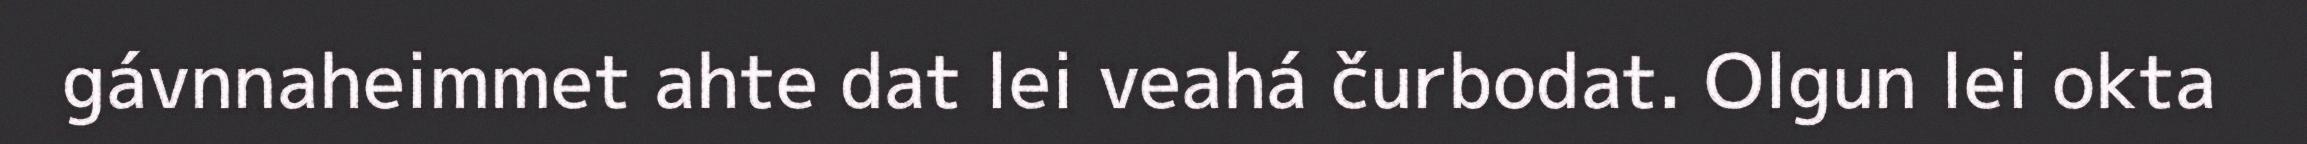
gávnnaheimmet ahte dat lei veahá čurbodat. Olgun lei okta